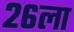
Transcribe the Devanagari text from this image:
२६ला